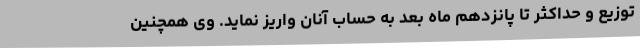
توزیع و حداکثر تا پانزدهم ماه بعد به حساب آنان واریز نماید. وی همچنین